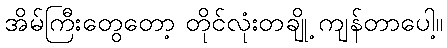
အိမ်ကြီးတွေတော့ တိုင်လုံးတချို့ ကျန်တာပေါ့။